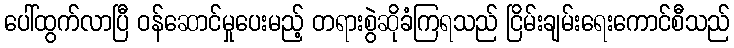
ပေါ်ထွက်လာပြီ ဝန်ဆောင်မှုပေးမည့် တရားစွဲဆိုခံကြရသည် ငြိမ်းချမ်းရေးကောင်စီသည်